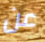
عن